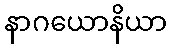
နာဂယောနိယာ